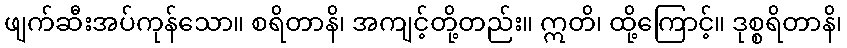
ဖျက်ဆီးအပ်ကုန်သော။ စရိတာနိ၊ အကျင့်တို့တည်း။ ဣတိ၊ ထို့ကြောင့်။ ဒုစ္စရိတာနိ၊